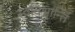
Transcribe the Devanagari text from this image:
स्वविश्रान्तिं